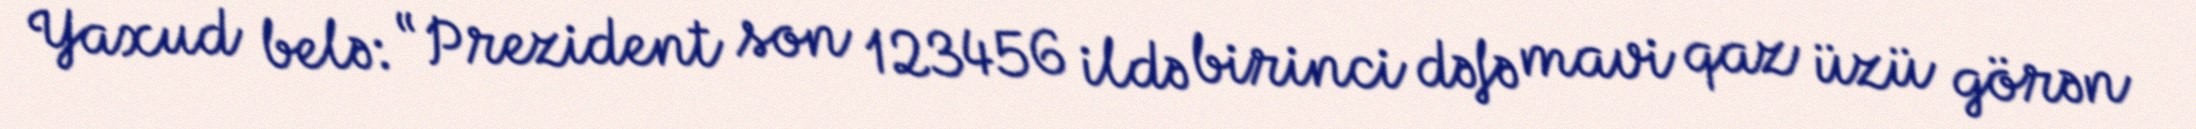
Yaxud belə: “Prezident son 123456 ildə birinci dəfə mavi qaz üzü görən